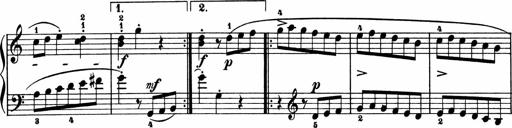
Title: 2 Sonatinen
Composer: Lambertus Adrianus van Tetterode